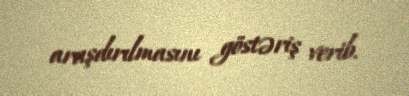
araşdırılmasını göstəriş verib.